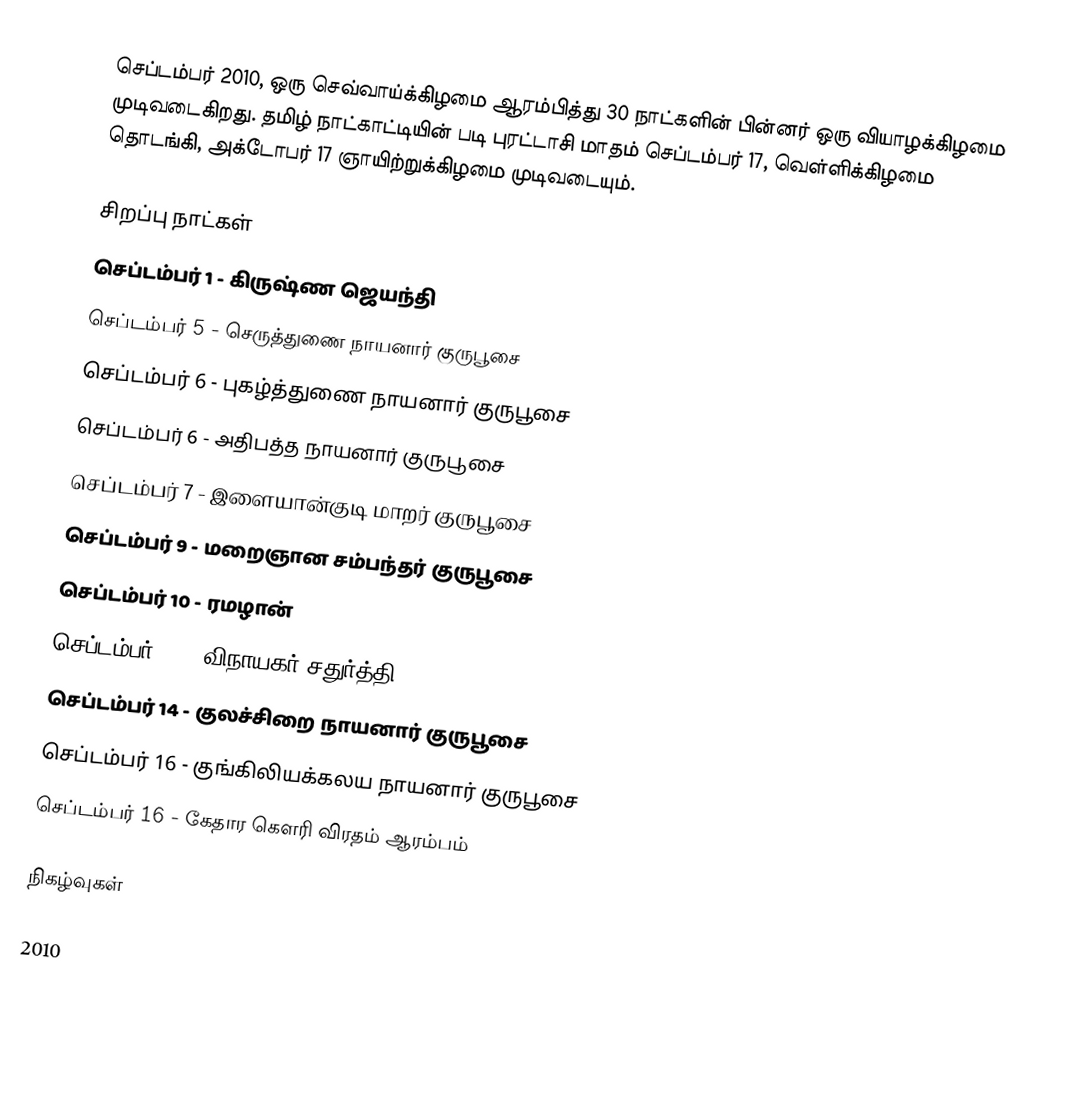
செப்டம்பர் 2010, ஒரு செவ்வாய்க்கிழமை ஆரம்பித்து 30 நாட்களின் பின்னர் ஒரு வியாழக்கிழமை முடிவடைகிறது. தமிழ் நாட்காட்டியின் படி புரட்டாசி மாதம் செப்டம்பர் 17, வெள்ளிக்கிழமை தொடங்கி, அக்டோபர் 17 ஞாயிற்றுக்கிழமை முடிவடையும்.

சிறப்பு நாட்கள்
 செப்டம்பர் 1 - கிருஷ்ண ஜெயந்தி
 செப்டம்பர் 5 - செருத்துணை நாயனார் குருபூசை
 செப்டம்பர் 6 - புகழ்த்துணை நாயனார் குருபூசை
 செப்டம்பர் 6 - அதிபத்த நாயனார் குருபூசை
 செப்டம்பர் 7 - இளையான்குடி மாறர் குருபூசை
 செப்டம்பர் 9 - மறைஞான சம்பந்தர் குருபூசை
 செப்டம்பர் 10 - ரமழான்
 செப்டம்பர் 11 - விநாயகர் சதுர்த்தி
 செப்டம்பர் 14 -  குலச்சிறை நாயனார் குருபூசை
 செப்டம்பர் 16 - குங்கிலியக்கலய நாயனார் குருபூசை
 செப்டம்பர் 16 - கேதார கௌரி விரதம் ஆரம்பம்

நிகழ்வுகள்

2010